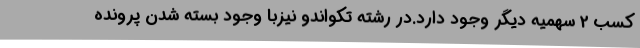
کسب 2 سهمیه دیگر وجود دارد.در رشته تکواندو نیزبا وجود بسته شدن پرونده